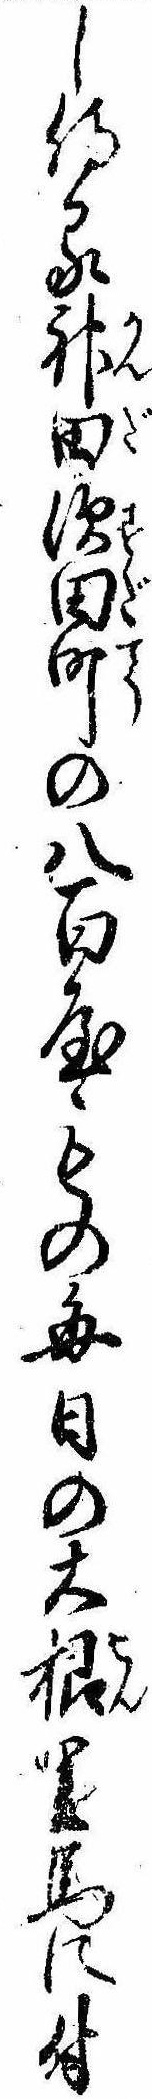
し侍る神田須田町の八百屋もの毎日の大根里馬に付